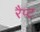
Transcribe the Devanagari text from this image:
रैप्ट